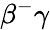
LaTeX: \beta^{-}\gamma